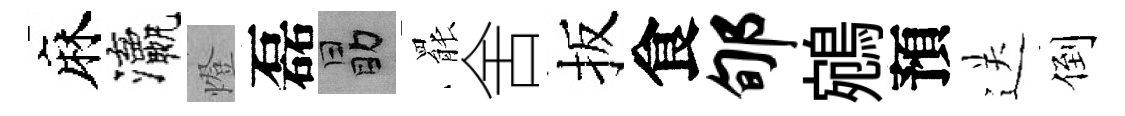
麻瀛燈磊勗罷舍扳食郇鵷預送倒